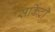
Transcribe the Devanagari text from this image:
सर्किट्री